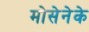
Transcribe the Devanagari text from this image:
मोसेनेके